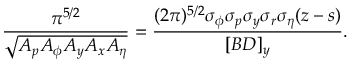
\frac { \pi ^ { 5 / 2 } } { \sqrt { A _ { p } A _ { \phi } A _ { y } A _ { x } A _ { \eta } } } = \frac { ( 2 \pi ) ^ { 5 / 2 } \sigma _ { \phi } \sigma _ { p } \sigma _ { y } \sigma _ { r } \sigma _ { \eta } ( z - s ) } { [ B D ] _ { y } } .